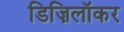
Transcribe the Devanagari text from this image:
डिज़िलॉकर